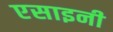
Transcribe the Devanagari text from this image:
एसाइनी